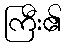
ကြီး၏